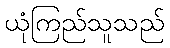
ယုံကြည်သူသည်